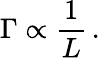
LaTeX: \Gamma\propto\frac{1}{L}\, .